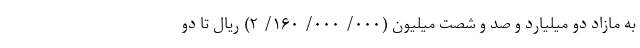
به مازاد دو میلیارد و صد و شصت میلیون (۰۰۰/ ۰۰۰/ ۱۶۰/ ۲) ریال تا دو